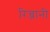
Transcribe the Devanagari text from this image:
रिन्जानी